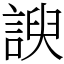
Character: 諛